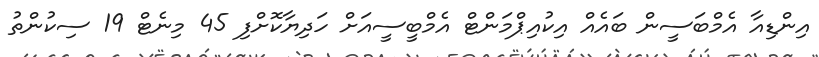
އިންޑިއާ އެމްބަސީން ބައެއް އިކުއިޕްމަންޓް އެމްބީސީއަށް ހަދިޔާކޮށްފި 45 މިނެޓް 19 ސިކުންތު